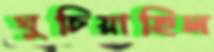
ঘুচিয়াছিল